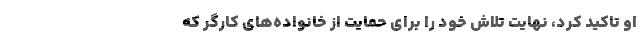
او تاکید کرد، نهایت تلاش خود را برای حمایت از خانواده‌های کارگر که